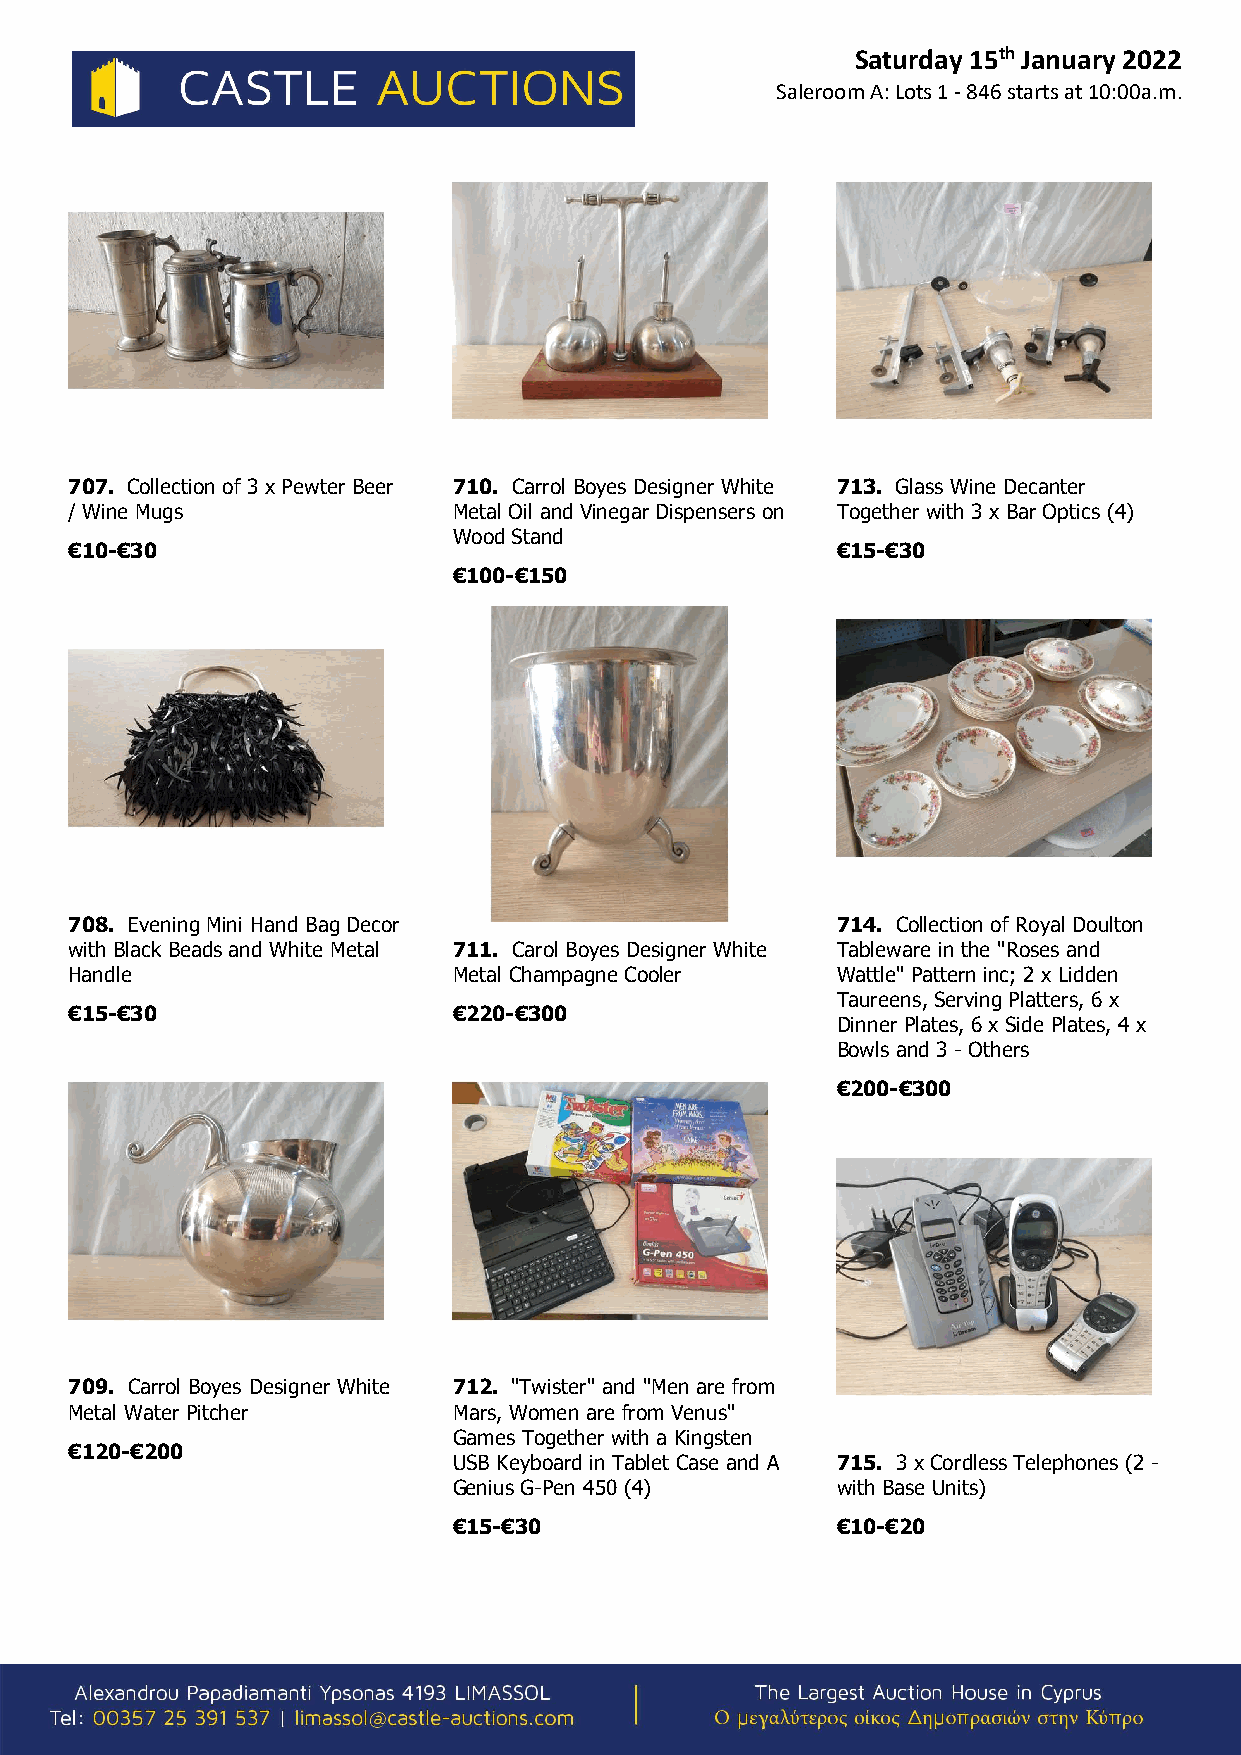
Saturday 15th January 2022
 Saleroom A: Lots 1 - 846 starts at 10:00a.m.
 707. Collection of 3 x Pewter Beer 710. Carrol Boyes Designer White 713. Glass Wine Decanter
 / Wine Mugs              Metal Oil and Vinegar Dispensers on Together with 3 x Bar Optics (4)
 Wood Stand
 €10-€30                                           €15-€30
 €100-€150
 708. Evening Mini Hand Bag Decor                  714. Collection of Royal Doulton
 with Black Beads and White Metal 711. Carol Boyes Designer White Tableware in the "Roses and
 Handle                   Metal Champagne Cooler   Wattle" Pattern inc; 2 x Lidden
 Taureens, Serving Platters, 6 x
 €15-€30                  €220-€300
 Dinner Plates, 6 x Side Plates, 4 x
 Bowls and 3 - Others
 €200-€300
 709. Carrol Boyes Designer White 712. "Twister" and "Men are from
 Metal Water Pitcher      Mars, Women are from Venus"
 Games Together with a Kingsten
 €120-€200
 USB Keyboard in Tablet Case and A 715. 3 x Cordless Telephones (2 -
 Genius G-Pen 450 (4)     with Base Units)
 €15-€30                  €10-€20